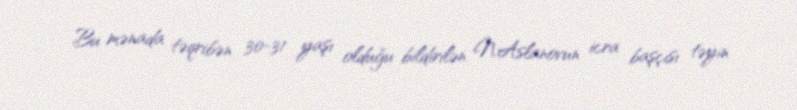
Bu mənada təqribən 30-31 yaşı olduğu bildirilən N.Aslanovun icra başçısı təyin